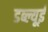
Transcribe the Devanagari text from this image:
डब्ल्यूई